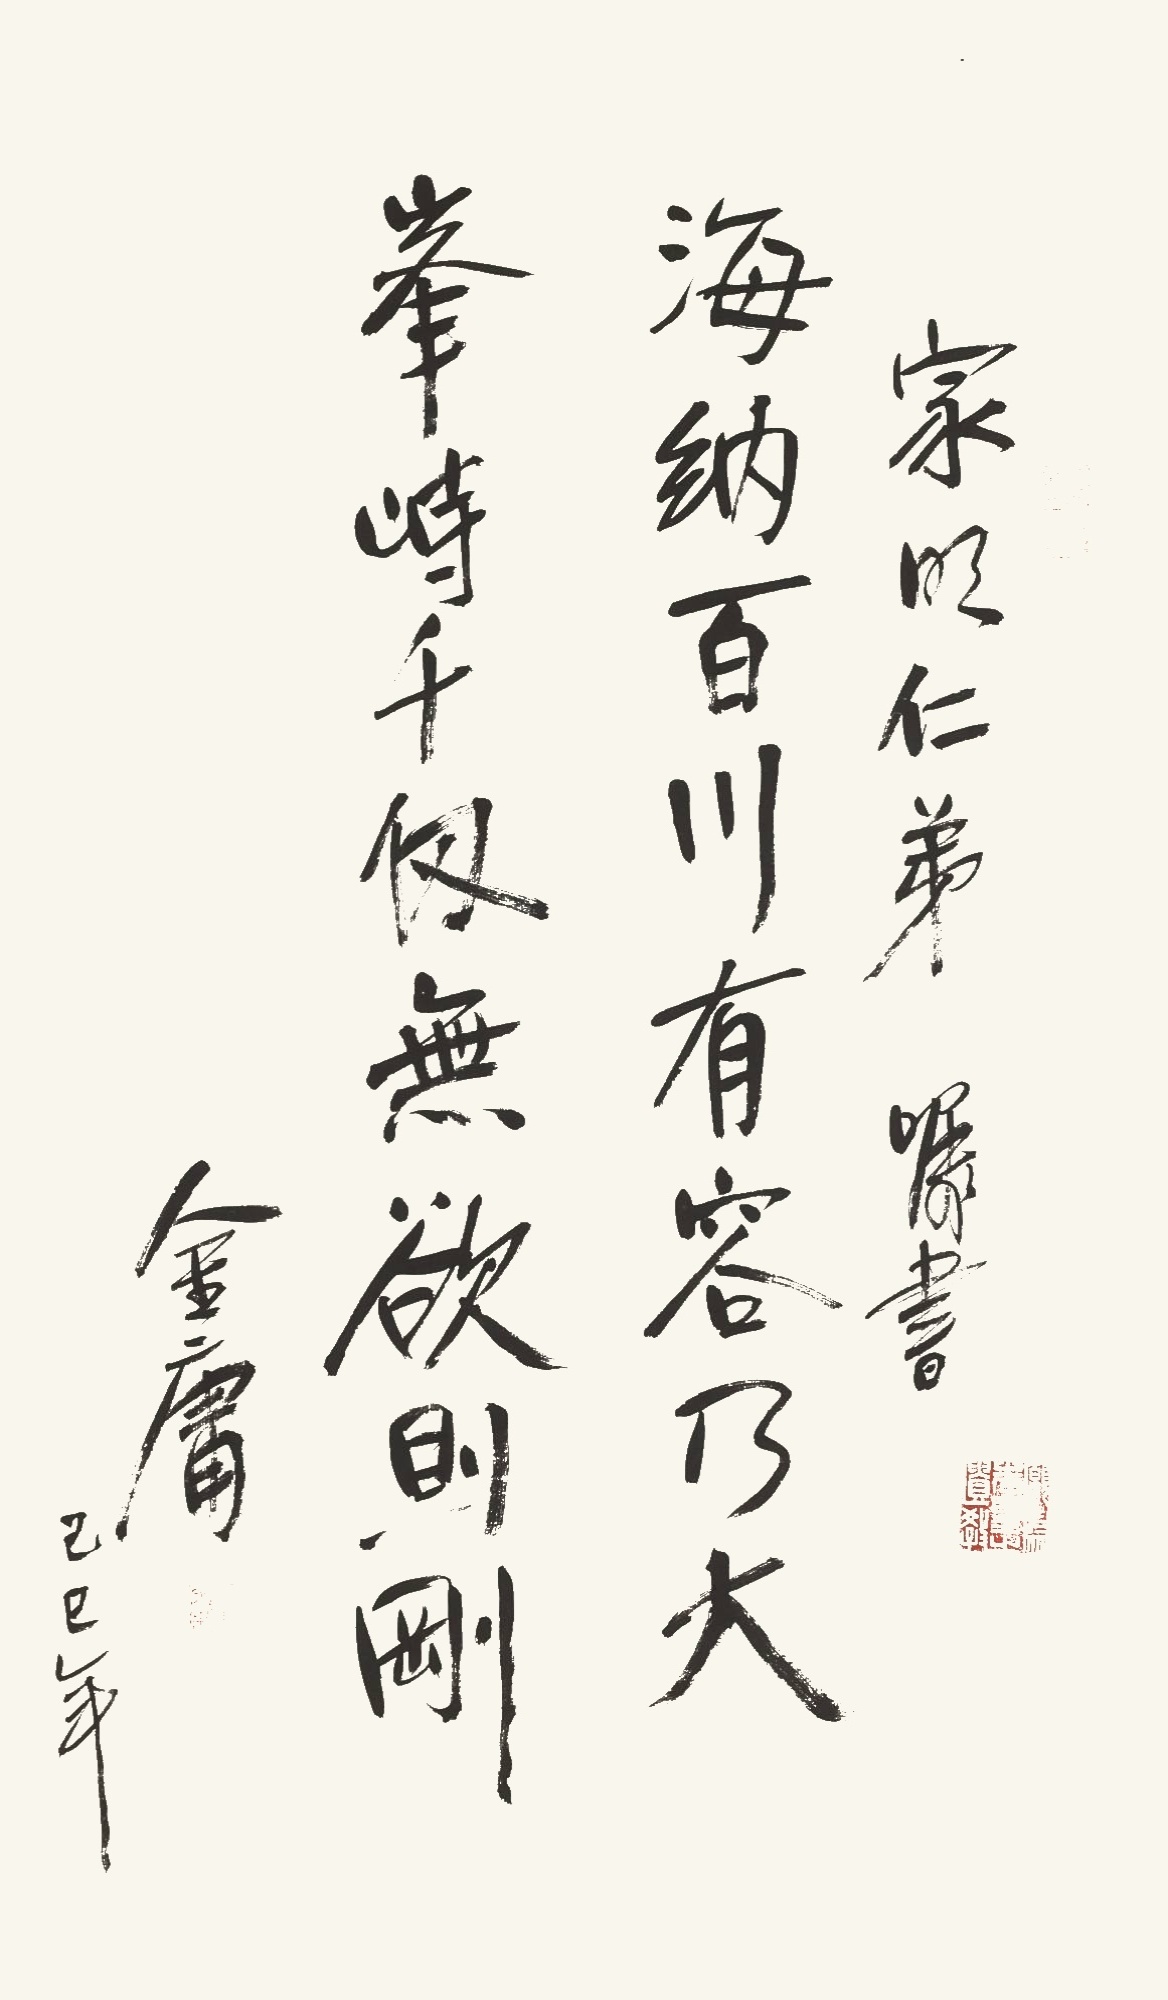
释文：海纳百川，有容乃大。峰峙千仞，无欲则刚。家明仁弟嘱书。金庸。己巳年。